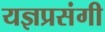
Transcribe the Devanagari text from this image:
यज्ञप्रसंगी